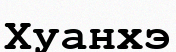
Хуанхэ